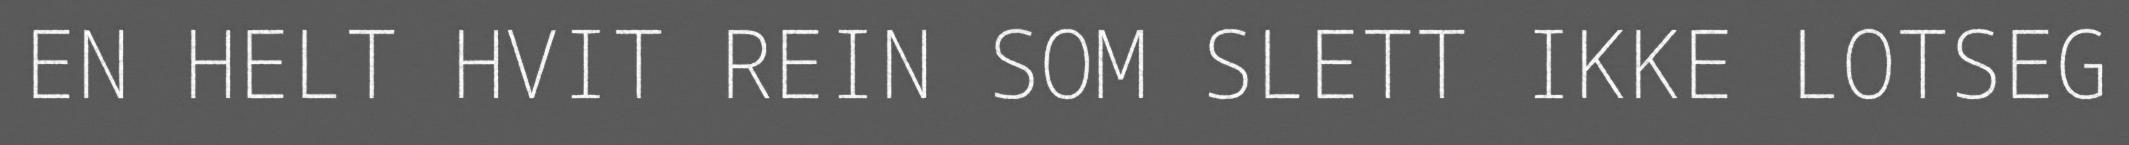
EN HELT HVIT REIN SOM SLETT IKKE LOTSEG